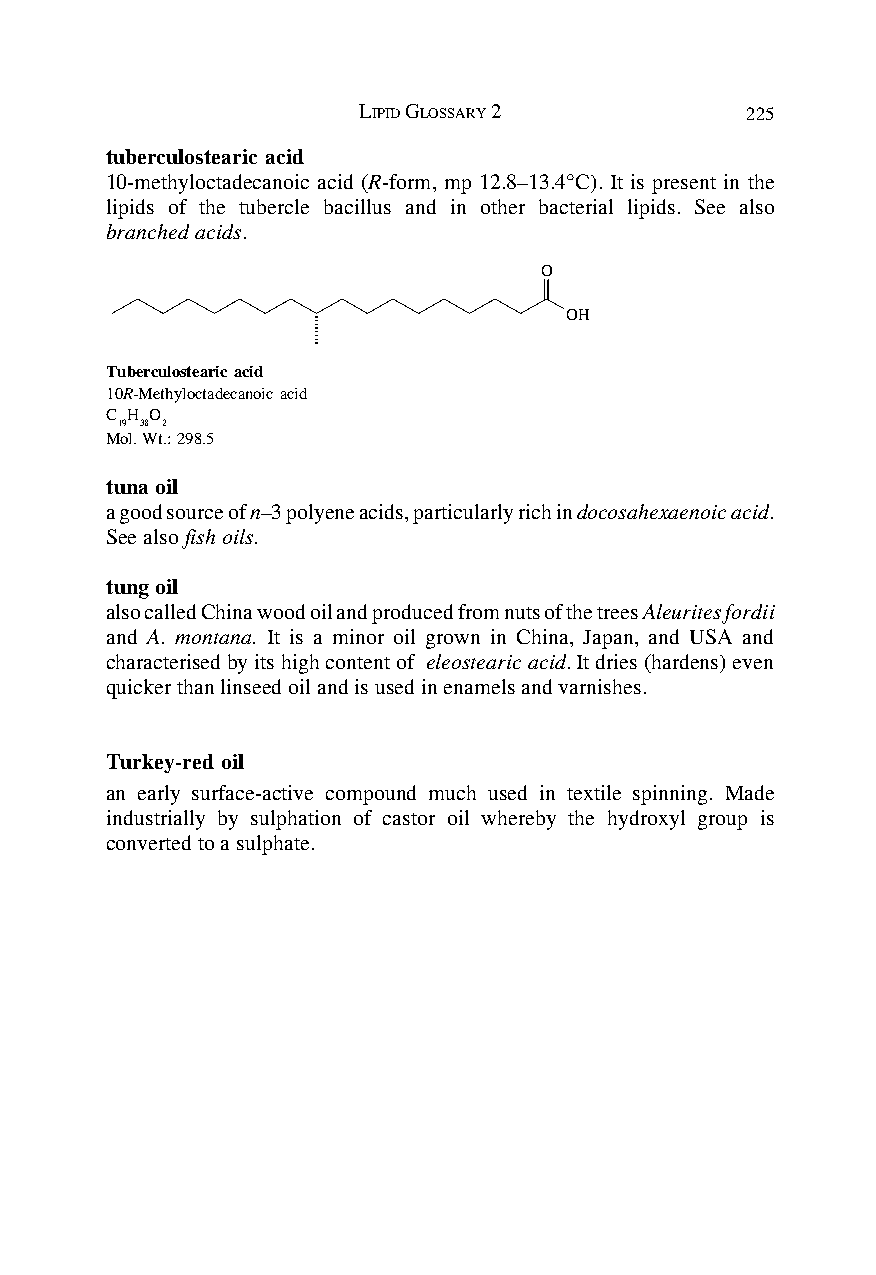
LIPID GLOSSARY 2         225
 tuberculostearic acid
 10-methyloctadecanoic acid (R-form, mp 12.8–13.4°C). It is present in the
 lipids of the tubercle bacillus and in other bacterial lipids. See also
 branched acids.
 O
 OH
 Tuberculostearic acid
 10R-Methyloctadecanoic acid
 C H O
 19 38 2
 Mol. Wt.: 298.5
 tuna oil
 a good source of n–3 polyene acids, particularly rich in docosahexaenoic acid.
 See also fish oils.
 tung oil
 also called China wood oil and produced from nuts of the trees Aleurites fordii
 and A. montana. It is a minor oil grown in China, Japan, and USA and
 characterised by its high content of eleostearic acid. It dries (hardens) even
 quicker than linseed oil and is used in enamels and varnishes.
 Turkey-red oil
 an early surface-active compound much used in textile spinning. Made
 industrially by sulphation of castor oil whereby the hydroxyl group is
 converted to a sulphate.